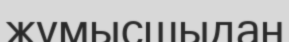
жұмысшыдан